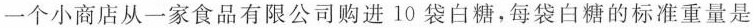
一个小商店从一家食品有限公司购进10袋白糖，每袋白糖的标准重量是